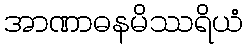
အာဏာဓနမိဿရိယံ